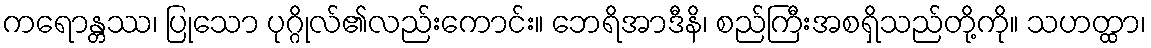
ကရောန္တဿ၊ ပြုသော ပုဂ္ဂိုလ်၏လည်းကောင်း။ ဘေရိအာဒီနိ၊ စည်ကြီးအစရှိသည်တို့ကို။ သဟတ္ထာ၊